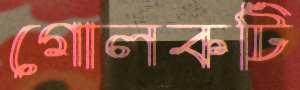
গোলকটি